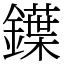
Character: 鐷